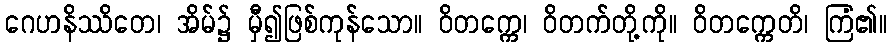
ဂေဟနိဿိတေ၊ အိမ်၌ မှီ၍ဖြစ်ကုန်သော။ ဝိတက္ကေ၊ ဝိတက်တို့ကို။ ဝိတက္ကေတိ၊ ကြံ၏။